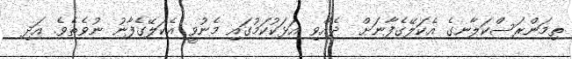
ތިމަންރަސްކަލާނގެ އެކަލޭގެފާނަށް  ދެއްވި އަޅަކުކަމުގައި މެނުވީ އެކަލޭގެފާނު ނުވެތެވެ. އަދި